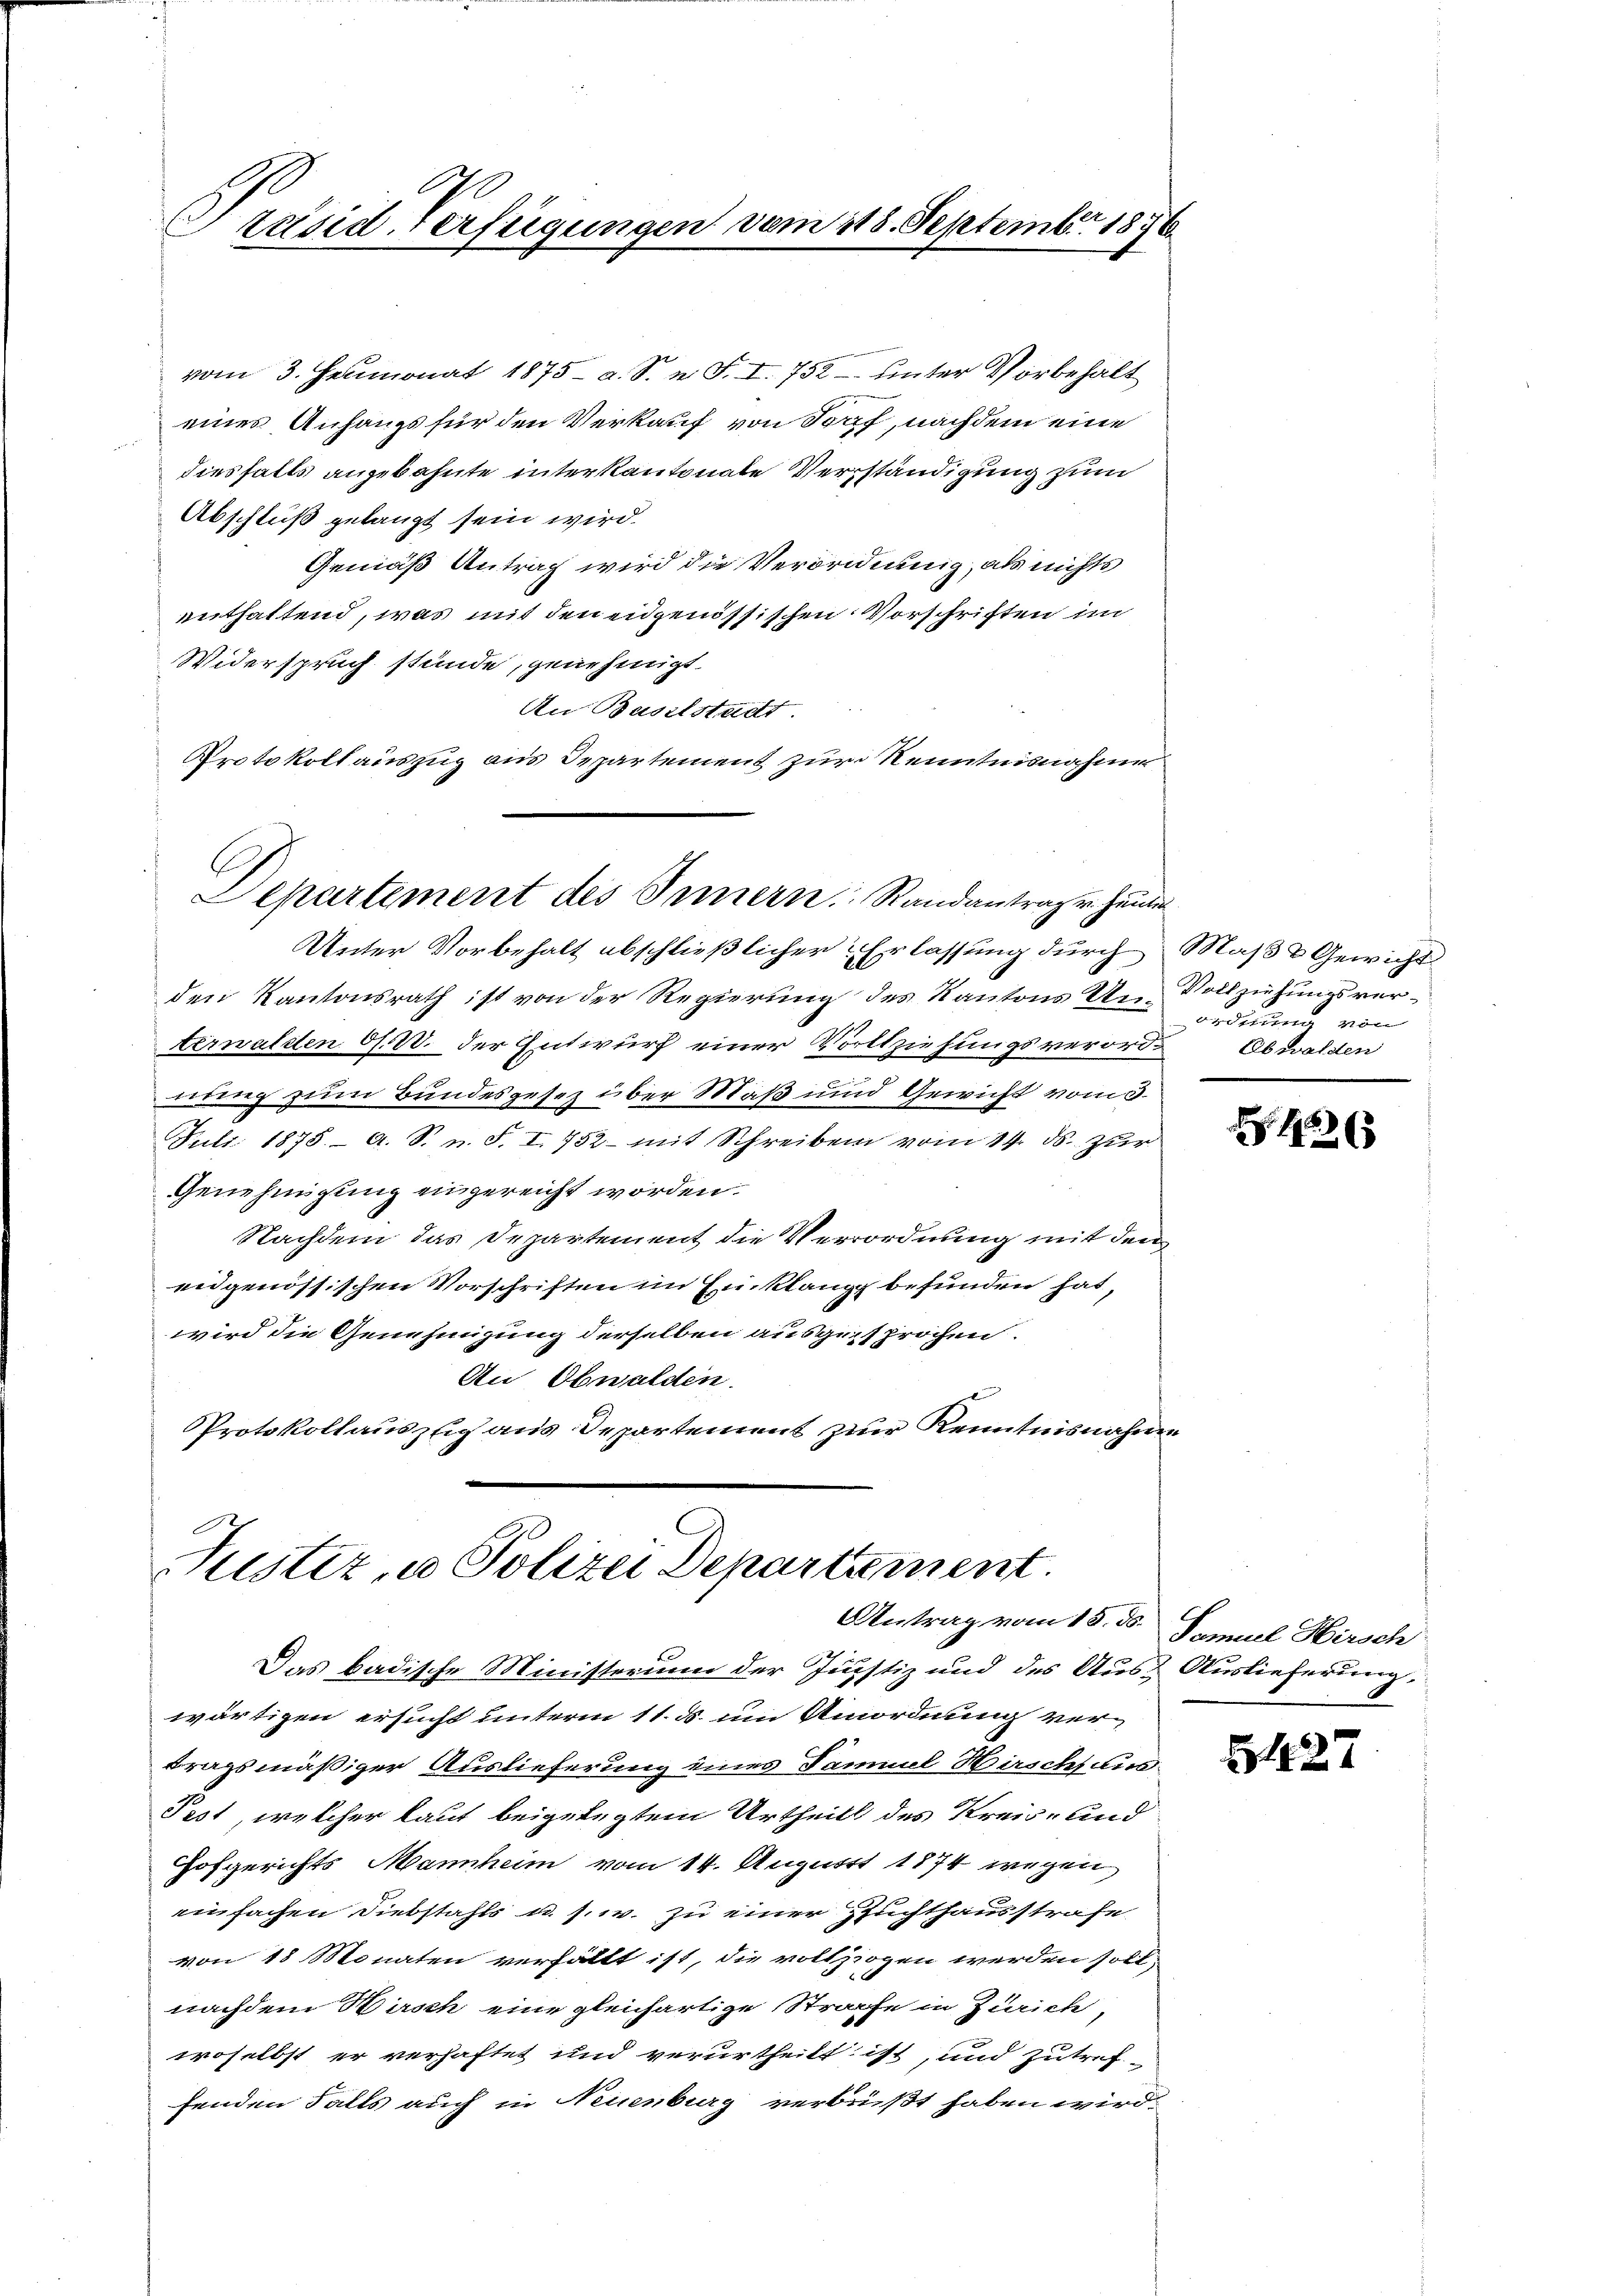
Präsid. Verfügungen vom 118. September 1876

vom 3. Heumonat 1875 - a. S. n. F. I. 752 unter Vorbehalt
eines Anhangs für den Verkauf von Torf, nachdem eine
diesfalls angebahnte inter kantonale Verständigung zum
Abschluß gelangt sein wird.
Gemäß Antrag wird die Verordnung, als nichts
enthaltend, was mit den eidgenössischen Vorschriften im
Widerspruch stünde, genehmigt.
An Baselstadt.
Protokollauszug aus Departement zur Kenntnisnahme
Unter Vorbehalt abschließlicher Erlassung durch Maß & Gewicht
den Kantonsrath ist von der Regierung des Kantons Un Vollziehungsverterwalden d. 20. der Entwurf einer Vorttziehungsverord- Obwalden
e
nberg zum Bundesgesetz über Maß und Gewicht vom 3.
Juli 1878 A. S. n. F. I. 752 mit Schreiben vom 14. ds. zur
Genehmigung eingereicht worden.
Nachdem das Departement die Verrordnung mit den
eidgenössischen Vorschriften im Einklang befunden hat,
wird die Genehmigung derselben ausgesprochen.
An Obwalden.
Protokollauszug aus Departement zur Kenntnisnahme

Departement des Innern Randantrage hander

Justiz, u. Polizei Departement.
Antrag vom 15. ds. Samuel Hirsch

ordther von

Das badische Ministerium der Justiz und des Aus- Auslieferung.
wärtigen ersucht unterm 11. d. um Unordnung vertragsmäßiger Auslieferung eines Samuel Hirschsuns
Pest, welcher laut beigelegtem Urtheils des Kreis- und
Hofgerichts Mannheim vom 14. August 1874 wegen
einfachen Diebstahls u. s. w. zu einer Zuchthausstrafe
von 18 Monaten verfällt ist, die vollzogen werden soll,
nachdem Warsch eine gleichartige Strafe in Zürich,
woselbst er verhaftet und verurtheilt ist, und zutref
fenden Falls auch in Neuenburg verbüßt haben wird.

1863

127